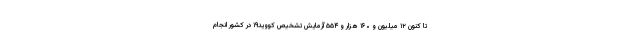
تا کنون ۱۲ میلیون و ۱۶۰ هزار و ۵۵۴ آزمایش تشخیص کووید۱۹ در کشور انجام